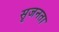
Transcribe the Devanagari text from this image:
सृजनता